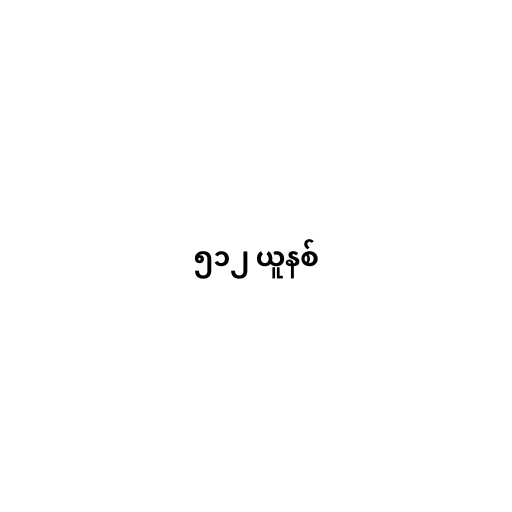
၅၁၂ ယူနစ်